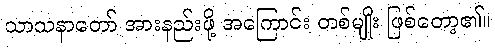
သာသနာတော် အားနည်းဖို့ အကြောင်း တစ်မျိုး ဖြစ်တော့၏။